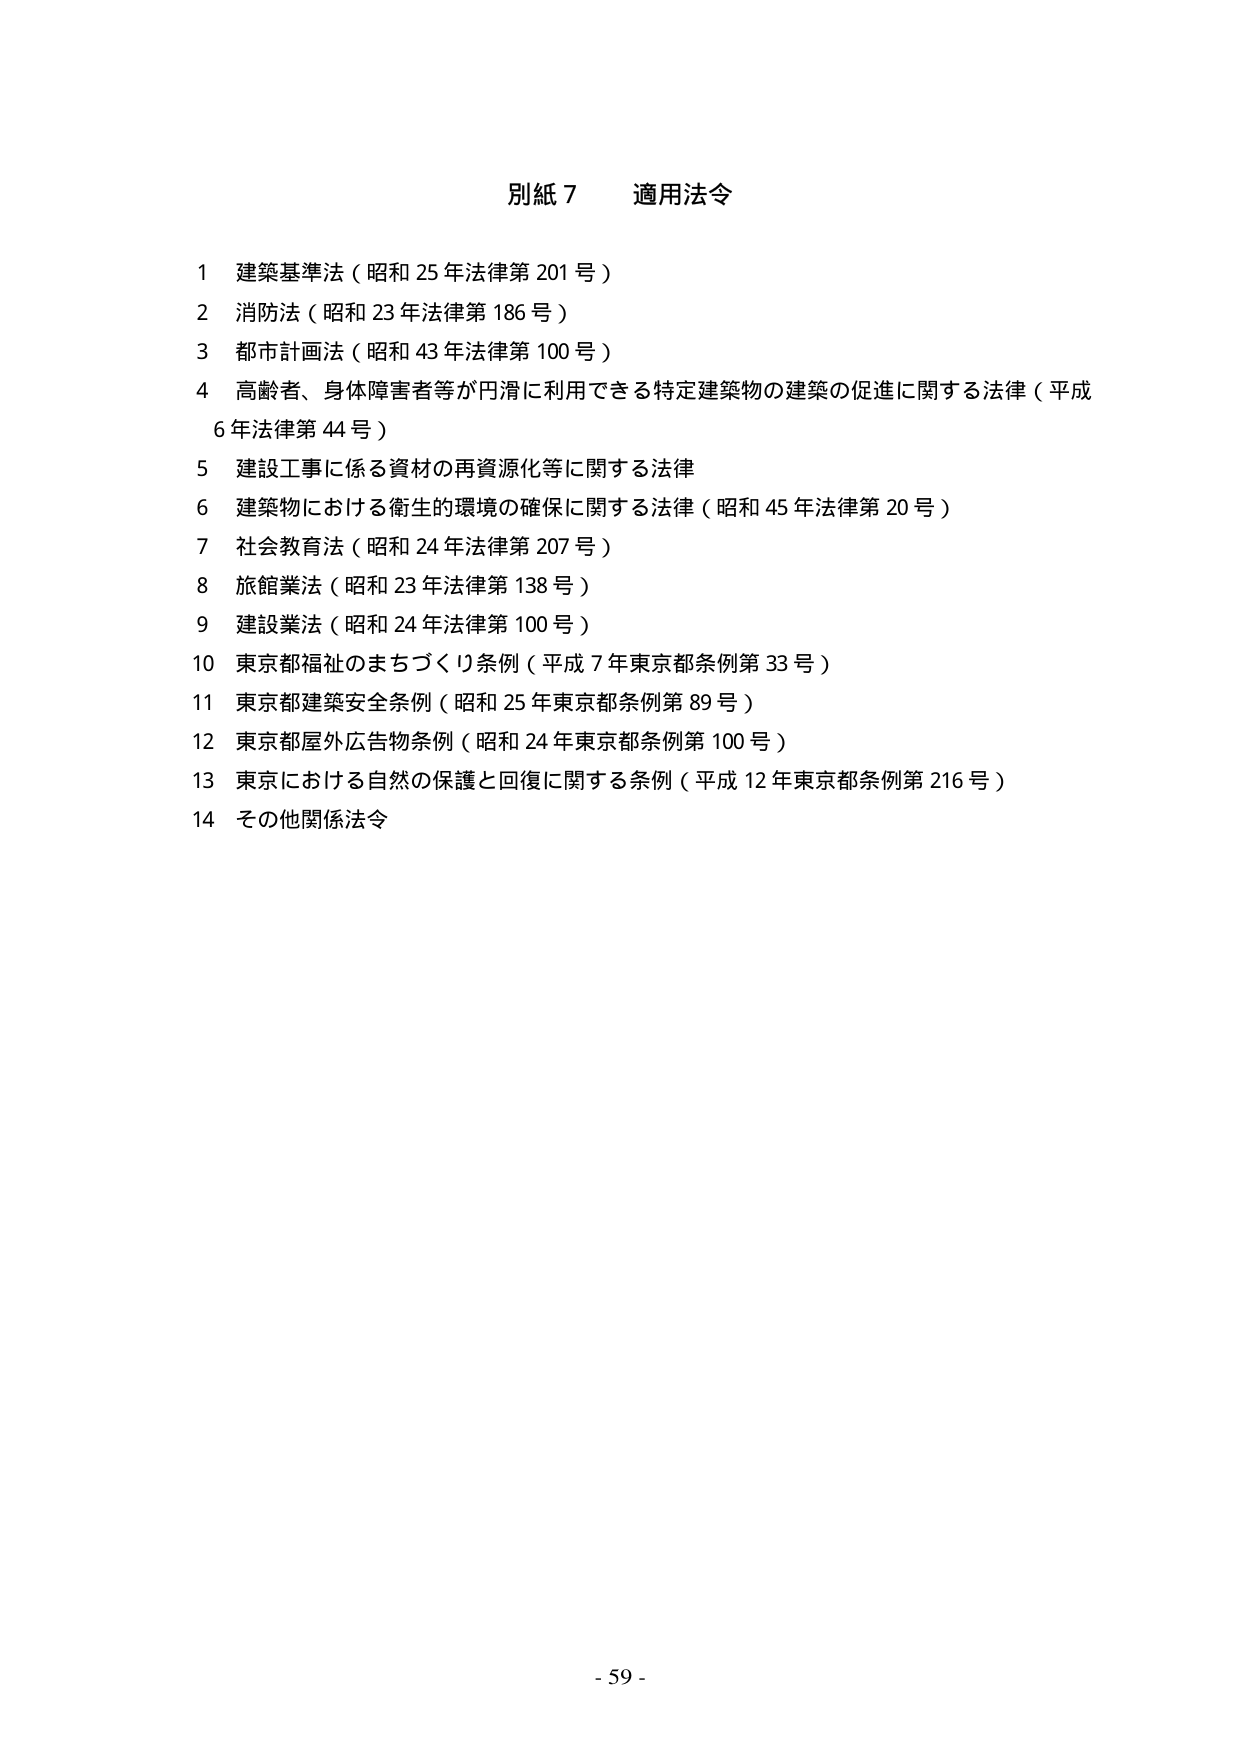
別紙７　適用法令

１ 建築基準法（昭和25年法律第201号）
２ 消防法（昭和23年法律第186号）
３ 都市計画法（昭和43年法律第100号）
４ 高齢者、身体障害者等が円滑に利用できる特定建築物の建築の促進に関する法律（平成6年法律第44号）
５ 建設工事に係る資材の再資源化等に関する法律
６ 建築物における衛生的環境の確保に関する法律（昭和45年法律第20号）
７ 社会教育法（昭和24年法律第207号）
８ 旅館業法（昭和23年法律第138号）
９ 建設業法（昭和24年法律第100号）
10 東京都福祉のまちづくり条例（平成7年東京都条例第33号）
11 東京都建築安全条例（昭和25年東京都条例第89号）
12 東京都屋外広告物条例（昭和24年東京都条例第100号）
13 東京における自然の保護と回復に関する条例（平成12年東京都条例第216号）
14 その他関係法令

- 59 -